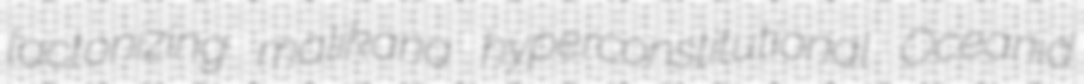
lactonizing malikana hyperconstitutional Oceanid